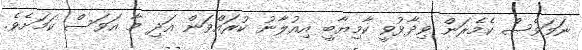
ނަމަވެސް ކެމެރަން ވިދާޅުވީ ކާމިޔާބީ އިއުލާނު ކުރައްވަން އަދި މާ އަވަސް ކަމަށެވެ.